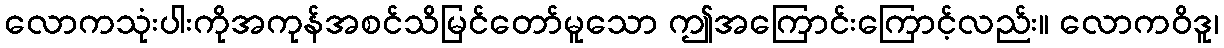
လောကသုံးပါးကိုအကုန်အစင်သိမြင်တော်မူသော ဤအကြောင်းကြောင့်လည်း။ လောကဝိဒူ၊